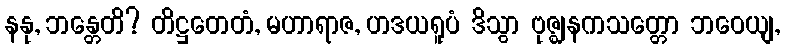
နနု, ဘန္တေတိ? တိဋ္ဌတေတံ, မဟာရာဇ, ဟဒယရူပံ ဒိသွာ ဗုဇ္ဈနကသတ္တော ဘဝေယျ,